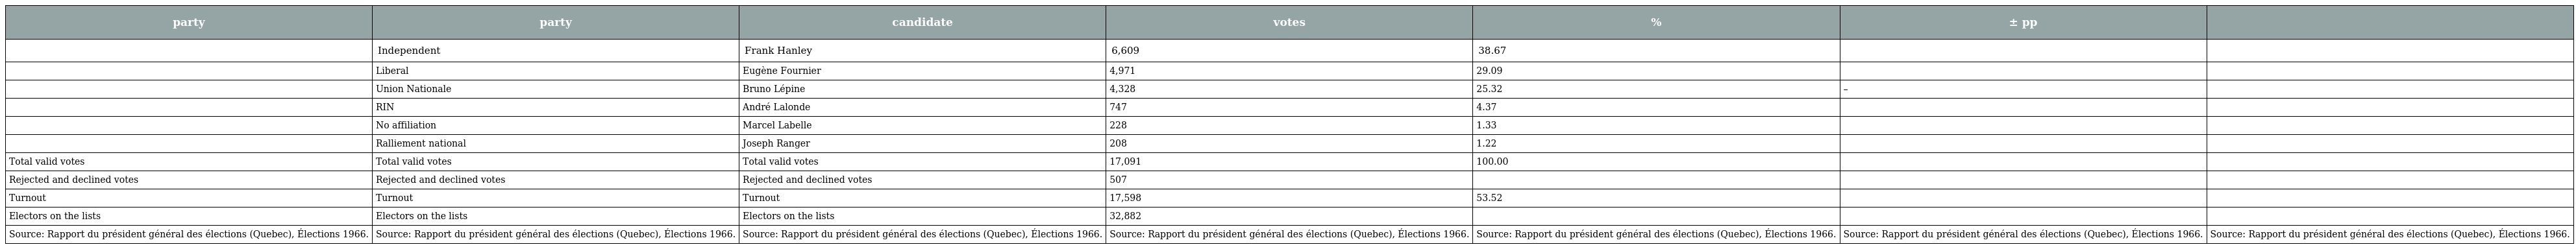
| party | party | candidate | votes | % | ± pp |  |
 | --- | --- | --- | --- | --- | --- | --- |
 |  | Independent | Frank Hanley | 6,609 | 38.67 |  |  |
 |  | Liberal | Eugène Fournier | 4,971 | 29.09 |  |  |
 |  | Union Nationale | Bruno Lépine | 4,328 | 25.32 | – |  |
 |  | RIN | André Lalonde | 747 | 4.37 |  |  |
 |  | No affiliation | Marcel Labelle | 228 | 1.33 |  |  |
 |  | Ralliement national | Joseph Ranger | 208 | 1.22 |  |  |
 | Total valid votes | Total valid votes | Total valid votes | 17,091 | 100.00 |  |  |
 | Rejected and declined votes | Rejected and declined votes | Rejected and declined votes | 507 |  |  |  |
 | Turnout | Turnout | Turnout | 17,598 | 53.52 |  |  |
 | Electors on the lists | Electors on the lists | Electors on the lists | 32,882 |  |  |  |
 | Source: Rapport du président général des élections (Quebec), Élections 1966. | Source: Rapport du président général des élections (Quebec), Élections 1966. | Source: Rapport du président général des élections (Quebec), Élections 1966. | Source: Rapport du président général des élections (Quebec), Élections 1966. | Source: Rapport du président général des élections (Quebec), Élections 1966. | Source: Rapport du président général des élections (Quebec), Élections 1966. | Source: Rapport du président général des élections (Quebec), Élections 1966. |